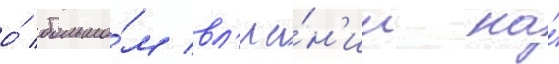
о́ большо́м вл'иа́н'ии на́